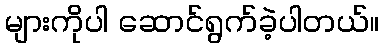
များကိုပါ ဆောင်ရွက်ခဲ့ပါတယ်။